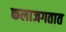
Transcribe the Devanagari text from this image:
कलाजगतात